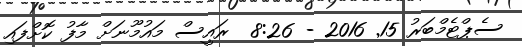
ސެޕްޓެމްބަރު 15